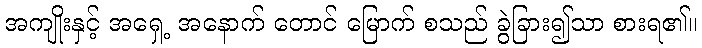
အကျိုးနှင့် အရှေ့ အနောက် တောင် မြောက် စသည် ခွဲခြား၍သာ စားရ၏။